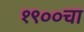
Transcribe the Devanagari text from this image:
१९००चा